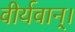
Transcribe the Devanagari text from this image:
वीर्यवान्।